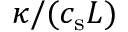
\kappa / ( c _ { \mathrm { s } } L )